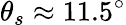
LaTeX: \theta_{s}\approx 11.5^{\circ}